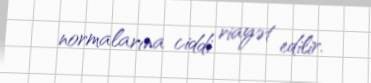
normalarına ciddi riayət edilir.